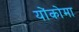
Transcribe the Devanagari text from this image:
योंकोमा